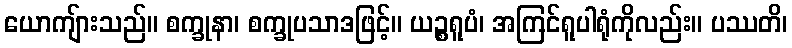
ယောကျ်ားသည်။ စက္ခုနာ၊ စက္ခုပသာဒဖြင့်။ ယဉ္စရူပံ၊ အကြင်ရူပါရုံကိုလည်း။ ပဿတိ၊